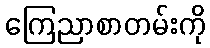
ကြေညာစာတမ်းကို